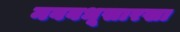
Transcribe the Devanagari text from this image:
नववधूसारखा